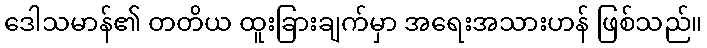
ဒေါသမာန်၏ တတိယ ထူးခြားချက်မှာ အရေးအသားဟန် ဖြစ်သည်။